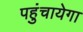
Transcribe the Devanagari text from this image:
पहुंचायेगा